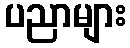
ပညာများ